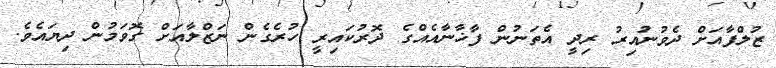
ޒުލްފާއަށް ދެވުނުއިރު ރިދީ އެތަނުން ފާޚާނާއެއްގެ ދޮރުކައިރީ ހުރެގެން ނަޒްލާއަށް ގޮވަމުން ދިޔައެވެ.